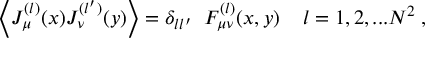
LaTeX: \Big \langle J _ { \mu } ^ { ( l ) } ( x ) J _ { \nu } ^ { ( l ^ { \prime } ) } ( y ) \Big \rangle = \delta _ { l l ^ { \prime } } \; \; { \cal F } _ { \mu \nu } ^ { ( l ) } ( x , y ) \; \; \; \; l = 1 , 2 , . . . N ^ { 2 } \; ,